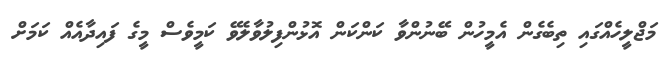
މަޖްލީހެއްގައި ތިބެގެން އެމީހުން ބޭނުންވާ ކަންކަން އޮޅުންފިލުވާލެވޭ ކަމީވެސް މީގެ ފައިދާއެއް ކަމަށް